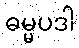
ဓမ္မပဒါ